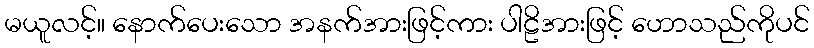
မယူလင့်။ နောက်ပေးသော အနက်အားဖြင့်ကား ပါဠိအားဖြင့် ဟောသည်ကိုပင်